Annual statistical returns and brief notes on vaccination in Bengal - 1909-1929
Year: 1909
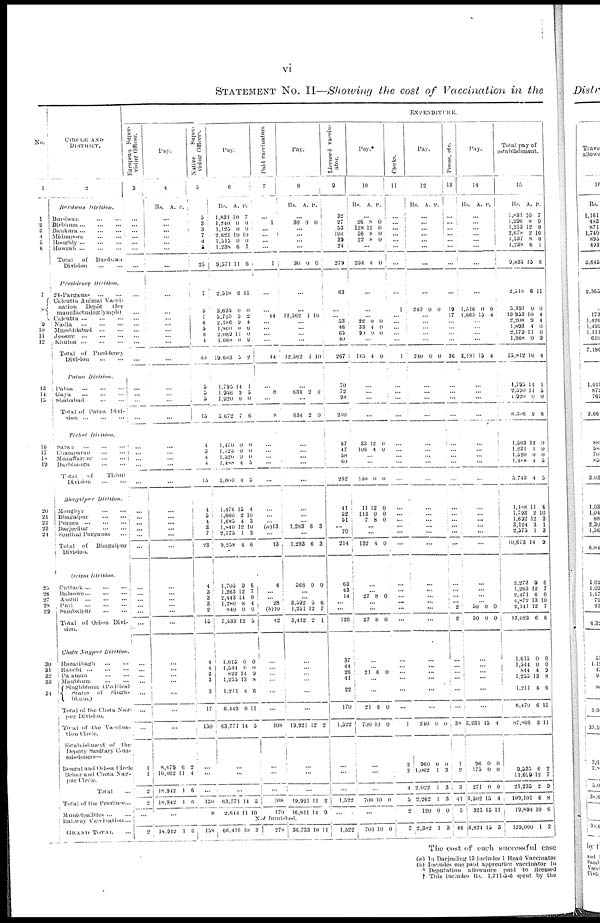
vi
STATEMENT No. II—Showing the cost of Vaccination in the
No.
1
1
2
3
4
5
6
7
8
9
10
11
12
13
14
15
16
17
18
19
20
21
22 23
24
25
26
27
28
29
30
31
32
33
34
CIRCLE AND
DISTRICT.
2
Burdwan
Division.
Burdwan ... ...
Birbhum ... ...
Bankura
...
...
...
Midnapore
...
...
Hooghly
...
...
...
Howrah
...
...
...
Total
of Burdwan
Division
...
...
Presidency
Division.
24-Parganas
...
...
Calcutta Animal Vacci-
nation
Depôt
(for
manufacturing lymph)
Calcutta ... ... ...
Nadia
...
...
...
Murshidabad
...
...
Jessore ... ...
Khulna ... ... ...
Total of Presidency
Division
...
...
Patna
Division.
Patna ... ... ...
Gaya ... ... ...
Shahabad
...
...
Total of Patna Divi-
sion
...
...
...
Tirhat
Division.
Saran
...
...
...
Champaran
...
...
Muzaffarpur
...
...
Darbhanga
...
...
Total
of
Tirhat
Division
...
...
Bhagalpur Division.
Monghyr
...
...
Bhagalpur
...
...
Purnea
...
...
...
Darjeeling
...
...
Sontal Parganas ...
Total of
Bhagalpur
Division.
Orissa Division.
Cuttack
...
...
...
Balasore ... ... ...
Angul
...
...
...
Puri
...
...
...
Sambalpur
...
...
Total of Orissa Divi-
sion.
Ghota Nagpur
Division.
Hazaribagh
...
...
Ranchi
...
...
...
Panamau ... ... ...
Manbhum
...
...
Singhbhum
(Political
States
of Singh-
bhum)
Total of the Chota Nag-
pur Division.
Total of the Vaccina-
tion Circle.
Establishment of the
Deputy Sanitary Com-
missioners—
Bengal and Orissa Circle
Behar and Chota Nag-
pur Circle.
Total ...
Total of the Province...
Municipalitics ... ...
Raiway Vaccination ...
GRAND
TOTAL ...
EXPENDITURE.
European Super-
vising Officer.
3
...
...
...
...
...
...
...
...
...
...
...
...
...
...
...
...
...
...
...
...
...
...
...
...
...
...
...
...
...
...
...
...
...
...
...
...
...
...
... ...
...
...
...
1
1
2
2
...
...
2
Pay.
4
Rs. A. P.
...
...
...
...
...
...
...
...
...
...
...
...
... ...
...
...
... ...
...
...
...
...
...
...
...
...
...
...
...
...
...
...
...
...
...
...
...
...
...
...
...
...
...
8,479
10,462
18,912
18,942
6
11
1
1
2
4
6
6
...
Native
Super-
vising Officers
5
5
3
3
7
4
2
25
7
5
7
6
5
6
1
40
5
5
5
10
4
3
4
4
15
4
5
4
3
7
23
4
3
3
3
2
15
4
4
3
3
3
17
150
...
...
...
150
8
Pay.
6
Rs.
1,831
1,240
1,125
2,621
1,515
1,238
9,571
A.
10
0
0
10
0
6
11
P.
7
0
0
10
0
1
6
2,518
3,635
5,725
2,186
1,860
2,089
1,668
19,683
6
0
9
9
0
11
0
5
11
0
2
4
0
0
9
2
1,795
1,956
1,920
5,672
11
9
0
7
1
5
0
6
1,470
1,125
1,520
1,408
3,603
0
0
0
4
4
0
0
0
5
5
1,476
1,680
1,685
1,840
2,575
9,258
15
2
4
12
1
4
4
10
3
10
3
6
1,705
1,263
2,443
1,280
840
7,533
9
12
14
8
0
12
6
7
0
4
0
5
1,615
1,544
822
1,255
1,211
6,449
63,771
0
0
14
13
4
0
14
0
0
9
8
6
11
5
...
...
...
63,771
2,644
4
11
5
10
Paid vaccinators.
7
...
1
...
... ...
...
1
...
...
41
...
...
...
...
44
...
8
...
8
...
...
...
...
...
...
...
... (a)13
...
13
4
...
... 28
(b)10
42
...
...
... ...
...
...
108
...
...
...
108
170
Pay.
8
Rs. A. P.
...
30 0 0
...
...
...
...
30 0 0
...
...
12,562 1 10
... ...
... ...
12,562 1 10
...
634 2 0
...
634 2 0
...
...
...
...
...
...
...
... 1,283 6 3
...
1,283 6 3
568 0 0
...
... 3,592
1,251
5,412
5
12
2
6
7
1
...
...
... ...
...
...
19,921 12 2
...
...
...
19,921
16,811
2
14
2
9
Licensed vaccin-
ator.
9
32
27
53
104
39
24
279
63
...
... 53
46
65
40
267
70
72
98
240
67
47
58
60
232
41
52
51
...
70
214
63
43
14
...
...
120
37
44
26
41
22
170
1,522
...
...
...
1,522
...
Pay.
10
Rs. A. P.
...
26
128
36
22
8
12
8
8
0
0
0
0
...
234 4 0
...
...
... 22
33
90
0
4
0
0
0
0
...
145 4 0
...
...
...
...
33
106
12
4
0
0
...
...
140 0 0
11
113
7
12
0
8
0
0
0
...
...
132 4 0
...
... 27 8 0
...
...
27 8 0
...
... 21 6 0
...
...
21
700
6
10
0
0
...
...
...
700 10 0
...
Clerks.
11
...
...
...
...
...
...
...
...
1
...
... ...
...
...
1
...
...
...
...
...
...
...
...
...
...
...
...
...
...
...
...
...
...
...
...
...
...
...
... ...
...
...
1
2 2
4
5
...
Pay.
12
Rs. A. P.
...
...
...
... ...
...
...
...
240 0 0
...
...
...
...
...
240 0 0
...
...
...
...
...
...
...
...
...
...
...
... ...
...
...
...
...
...
...
...
...
...
...
... ...
...
...
240 0 0
960
1,062
2,022
2,262
120
0
1
1
1
0
0
3
3
3
0
Peons, etc.
13
...
...
...
...
...
...
...
...
19
17
...
...
...
...
36
...
...
...
...
...
...
...
...
...
...
...
...
...
...
...
...
...
...
... 2
2
...
...
... ...
...
...
38
1
2
3
41
5
Pay.
14
Rs. A. P.
...
...
...
... ...
...
...
...
1,516
l,665
0
15
0
4
...
... ...
...
3,181 15 4
...
...
...
...
...
...
... ...
...
...
...
...
...
...
...
...
...
...
... 50
50
0
0
0
0
...
...
...
...
...
...
3,231 15 4
96
175
271
3,502
321
0
0
0
15
15
0
0
0
4
11
Total pay of
establishment.
15
Rs.
1,831
1,296
1,253
2,678
1,537
1,238
9,835
A.
10
8
12
2
8
6
15
P.
7
0
0
10
0
1
6
2,518
5,391
19,953
2,208
1,893
2,179
1,668
35,812
6
0
10
9
4
11
0
10
11
0
4
4
0
0
9
4
1,795
2,590
1,920
6,306
14
11
0
9
1
5 0
6
1,503
1,231
1,520
l,488
5,743
12
4
0
1
4
0
0
0
5
5
1,108
1,793
1,692
3,124
2,575
10,673
11
2
12
3
1
4
4
10
3
1
3
9
2,273
1,263
2,471
4,872
2,141
13,023
9
12
6
13
12
6
6
7
0
10
7
6
1,615
1,544
844
1,255
1,211
6,470
87,866
0
0
4
13
4
6
3
0
0
9
8
6
11
11
9,535
11,699
21,235
109,101
19,893
6
12
2
6
10
2
7
9
8
6
Not furhished.
18,942 1
6
158 66,416 10 3 278 36,733 10 11 1,522 700 10 0 7 2,382 1 3 46 3,824 15 3 129,000 1 2
The cost of each successful case
(a) In Darjeeling 13 includes 1 Head Vaccinator
(b) Includes one paid apprentice vaccinator in
* Deputation allowance paid to licensed
† This includes
Rs.1,711-5-6 spent by the